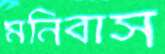
মনিবাস